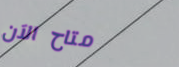
متاح الآن